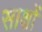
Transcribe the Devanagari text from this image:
साक्षों